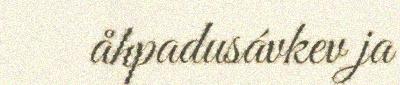
åhpadusávkev ja